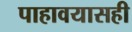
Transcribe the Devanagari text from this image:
पाहावयासही